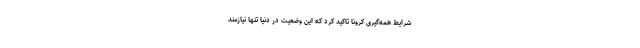
شرایط همه‌گیری کرونا تاکید کرد که این وضعیت در دنیا تنها نیازمند